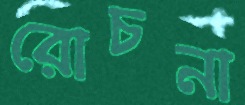
রোচনা